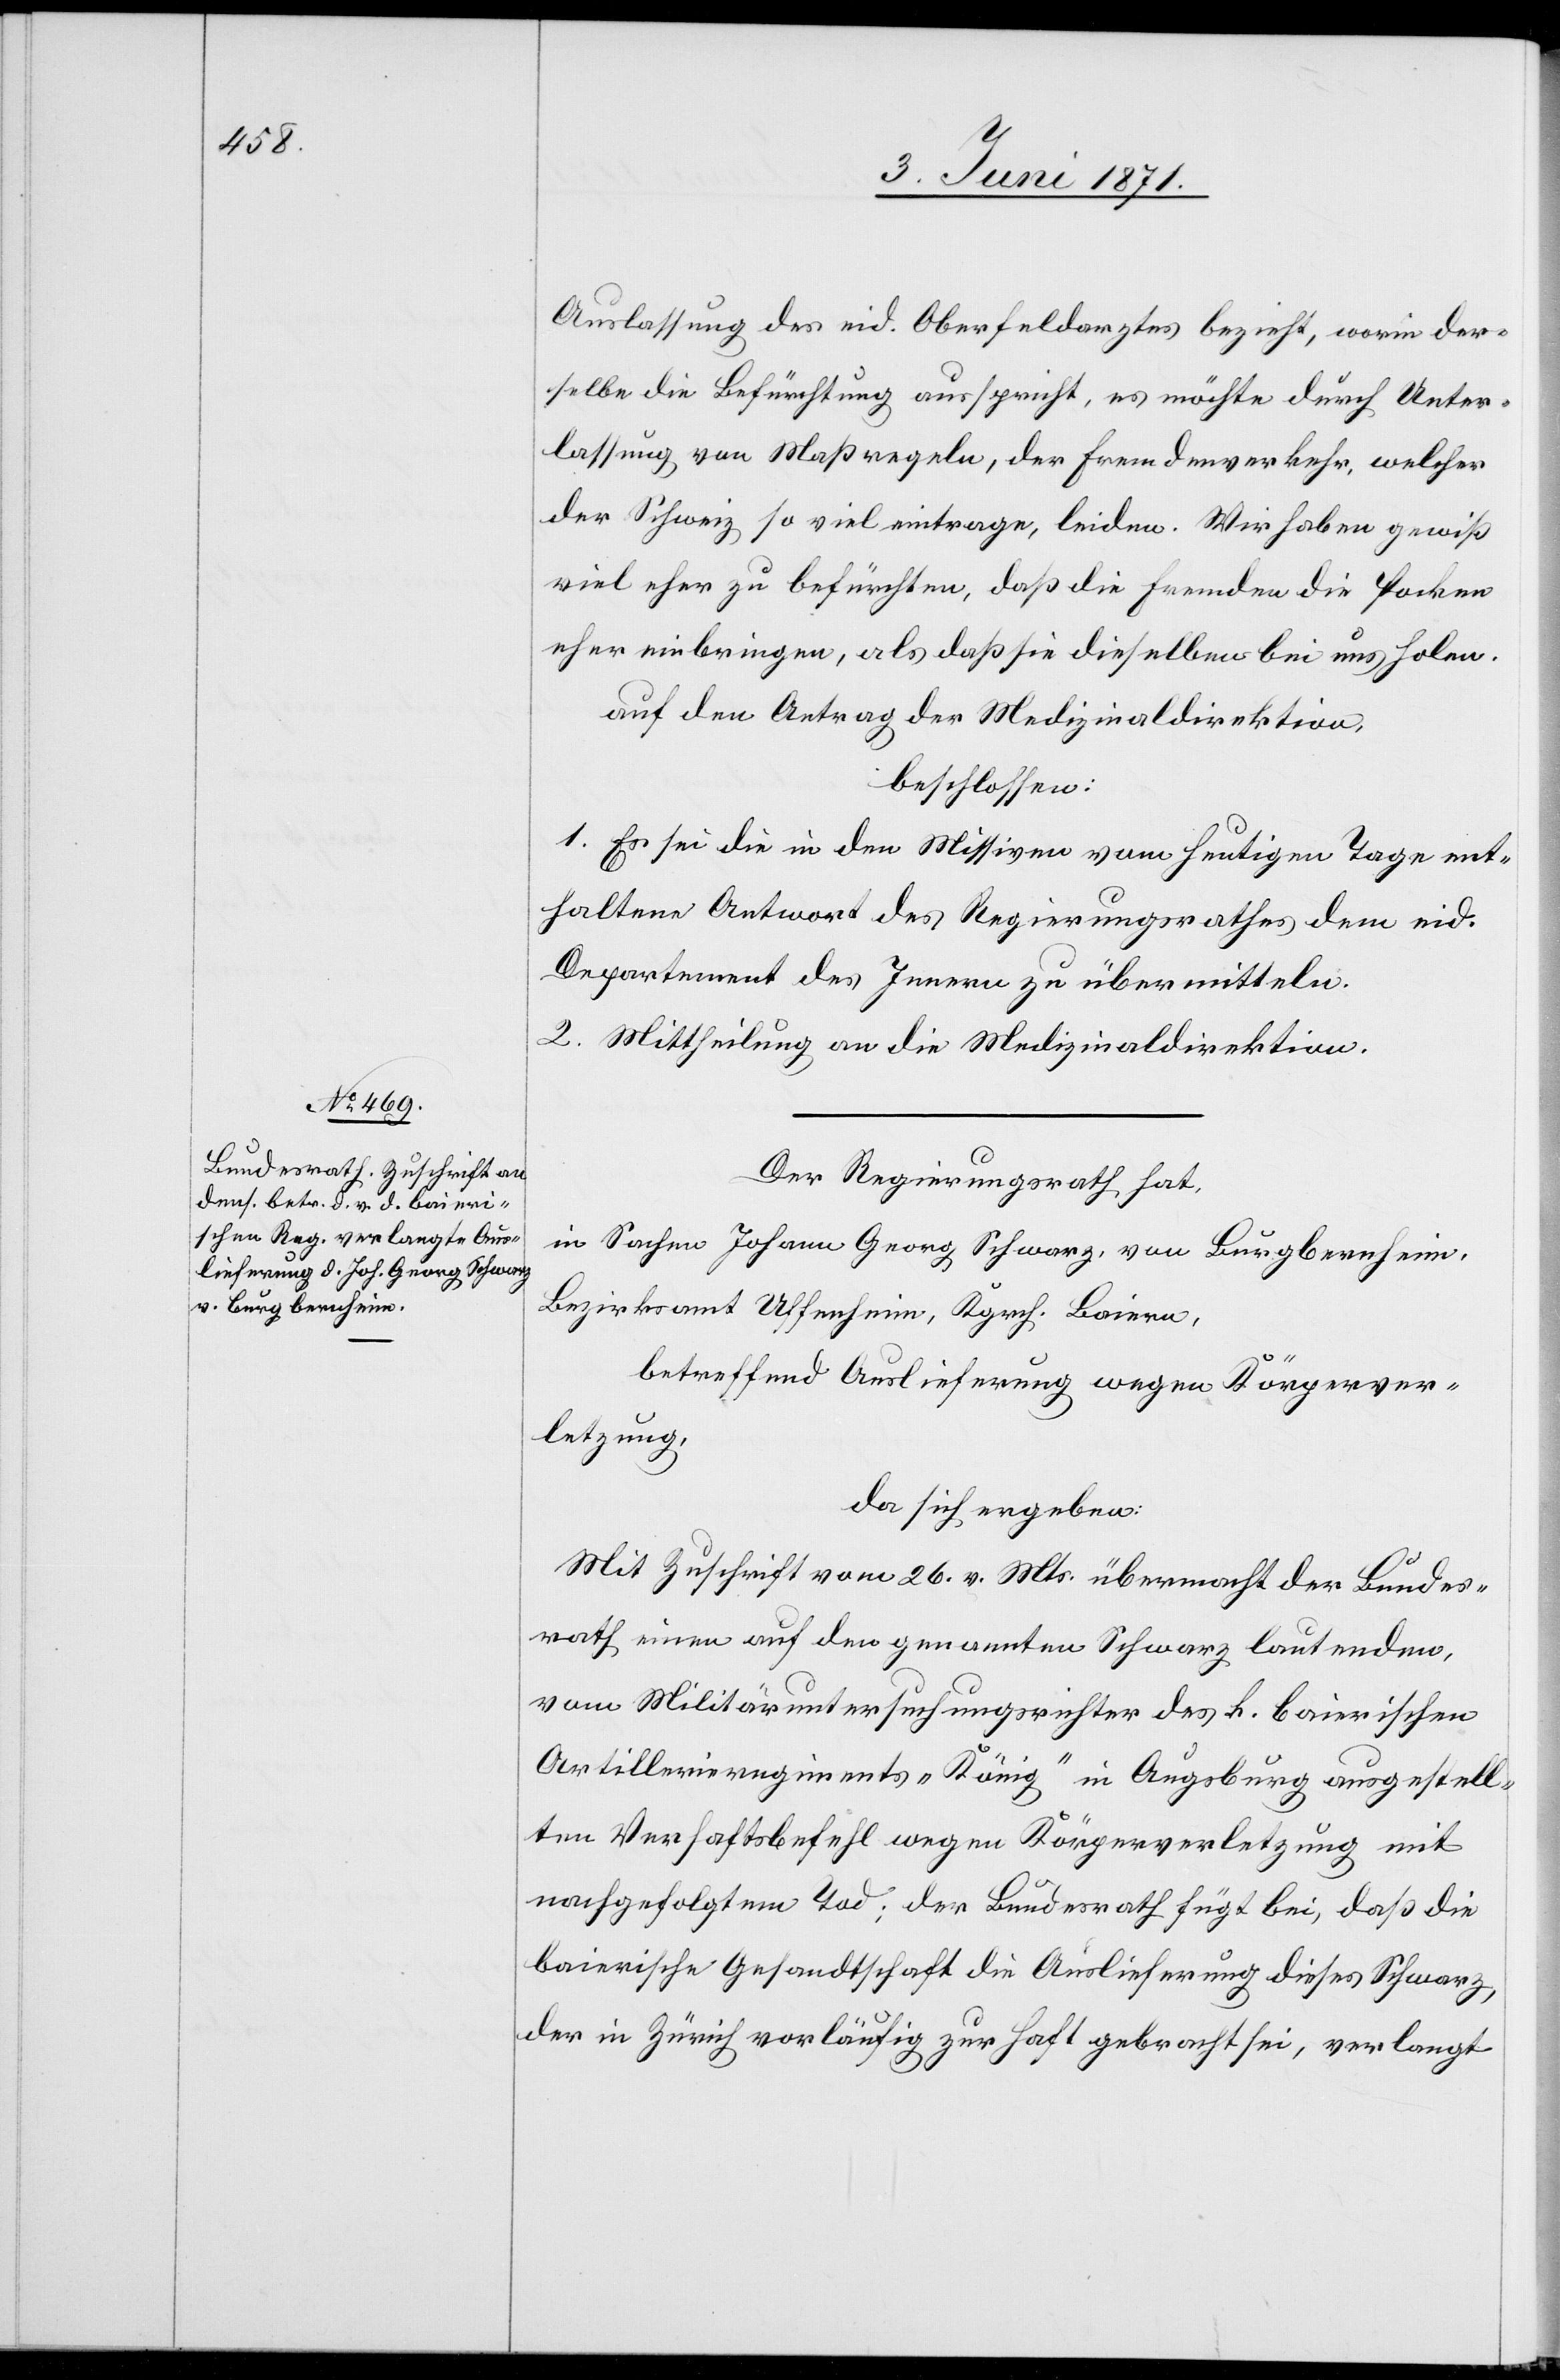
Auslassung des eid. Oberfeldarztes bezieht, worin der¬
selbe die Befürchtung ausspricht, es möchte durch Unter¬
lassung von Maßregeln, der Fremdenverkehr, welcher
der Schweiz so viel eintrage, leiden. Wir haben gewiß
viel eher zu befürchten, daß die Fremden die Pocken
eher einbringen, als daß sie dieselben bei uns holen.
auf den Antrag der Medizinaldirektion,
beschlossen:
1. Es sei die in den Missiven vom heutigen Tage ent¬
haltene Antwort des Regierungsrathes dem eid.
Departement des Innern zu übermitteln.
2. Mittheilung an die Medizinaldirektion.
Der Regierungsrath hat,
in Sachen Johann Georg Schwarz, von Burgbernheim,
Bezirksamt Uffenheim, Kgrch. Baiern,
betreffend Auslieferung wegen Körperver¬
letzung,
da sich ergeben:
Mit Zuschrift vom 26. v. Mts. übermacht der Bundes¬
rath einen auf den genannten Schwarz lautenden,
vom Militäruntersuchungsrichter des k. baierischen
Artillerieregiments „König“ in Augsburg ausgestell¬
ten Verhaftsbefehl wegen Körperverletzung mit
nachgefolgtem Tod; der Bundesrath fügt bei, daß die
baierische Gesandtschaft die Auslieferung dieses Schwarz,
der in Zürich vorläufig zu Haft gebracht sie, verlangt